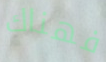
فهناك